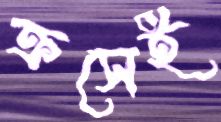
ক্রসেই